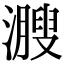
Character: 㵻